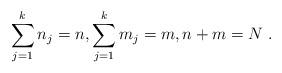
LaTeX: \begin{align*}\sum_{j=1}^kn_j=n,\sum_{j=1}^km_j=m,n+m=N \ .\end{align*}